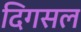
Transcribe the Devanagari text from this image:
दिगसल